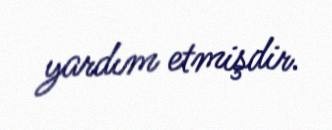
yardım etmişdir.